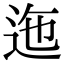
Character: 迤